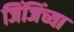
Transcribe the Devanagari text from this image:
जिंजिंच्या